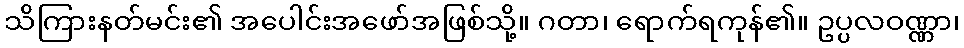
သိကြားနတ်မင်း၏ အပေါင်းအဖော်အဖြစ်သို့။ ဂတာ၊ ရောက်ရကုန်၏။ ဥပ္ပလဝဏ္ဏာ၊